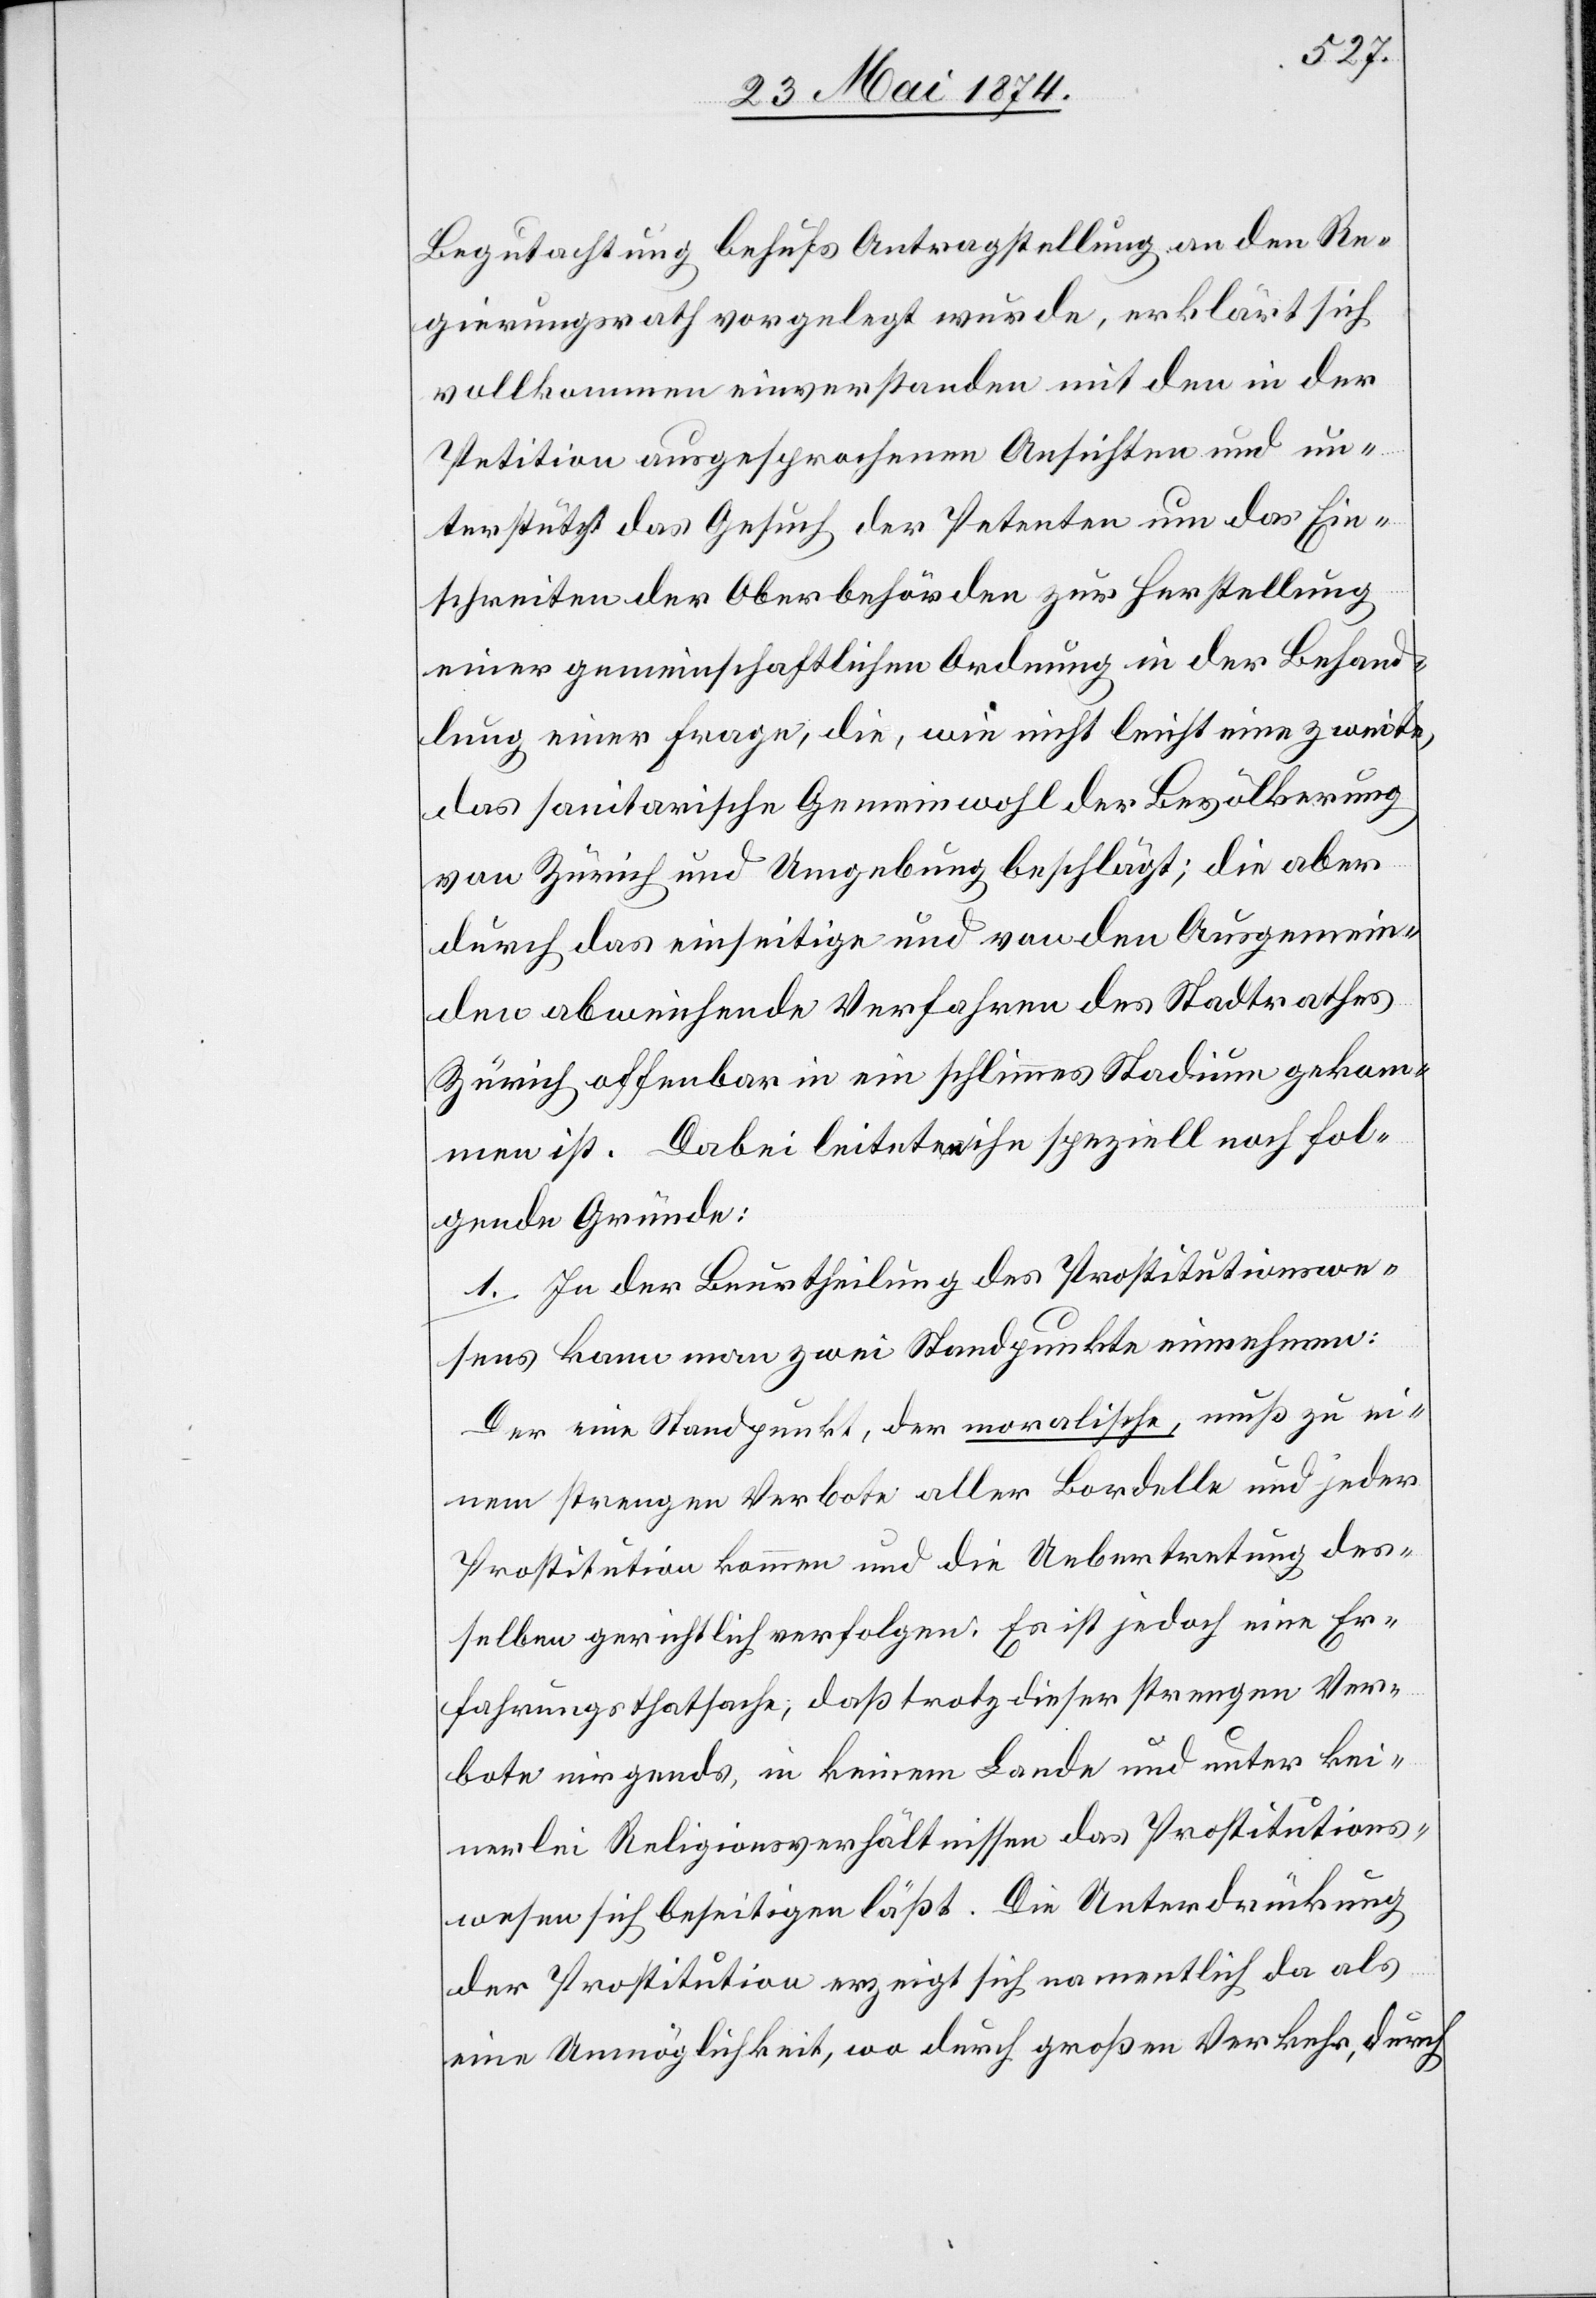
Begutachtung behufs Antragstellung an den Re¬
gierungsrath vorgelegt wurde, erklärt sich
vollkommen einverstanden mit den in der
Petition ausgesprochenen Ansichten und un¬
terstützt das Gesuch der Petenten um das Ein¬
schreiten der Oberbehörden zur Herstellung
einer gemeinschaftlichen Ordnung in der Behand¬
lung einer Frage, die, wie nicht leicht eine zweite
das sanitarische Gemeinwohl der Bevölkerung
von Zürich und Umgebung beschlägt; die aber
durch das einseitige und von den Ausgemein¬
den abweichende Verfahren des Stadtrathes
Zürich offenbar in ein schlimmes Stadium gekom¬
men ist. Dabei leiteten ihn speziell noch fol¬
gende Gründe:
1. In der Beurtheilung des Prostitutionswe¬
sens kann man zwei Standpunkte einnehmen:
Der eine Standpunkt, der moralische, muß zu ei¬
nem strengen Verbote aller Bordelle und jeder
Prostitution kommen und die Uebertretung des¬
selben gerichtlich verfolgen. Es ist jedoch eine Er¬
fahrungsthatsache, daß trotz dieser strengen Ver¬
bote nirgends, in keinem Lande und unter kei¬
nerlei Religionsverhältnissen das Prostitutions¬
wesen sich beseitigen läßt. Die Unterdrückung
der Prostitution erzeigt sich namentlich da als
eine Unmöglichkeit, wo durch großen Verkehr, durch